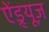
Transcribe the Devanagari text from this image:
ऐंड्र्यूज़